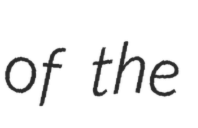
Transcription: of the